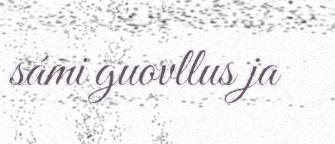
sámi guovllus ja